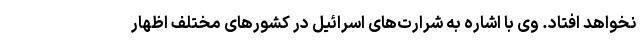
نخواهد افتاد. وی با اشاره به شرارت‌های اسرائیل در کشورهای مختلف اظهار